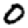
Digit: 0